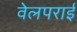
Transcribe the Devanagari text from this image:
वेलपराई